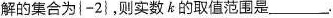
解的集合为\left\{ -2\right\}，则实数εk的取值范围是___.